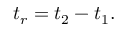
t _ { r } = t _ { 2 } - t _ { 1 } .